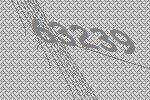
63239